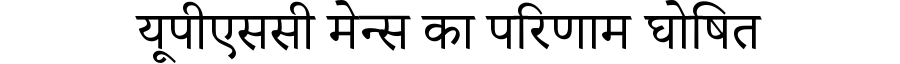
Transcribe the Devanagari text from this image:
यूपीएससी मेन्स का परिणाम घोषित